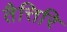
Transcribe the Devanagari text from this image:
तैत्तिरि